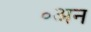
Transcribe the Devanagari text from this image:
॰अन